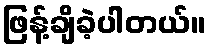
ဖြန့်ချိခဲ့ပါတယ်။